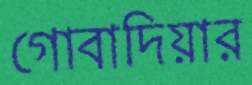
গোবাদিয়ার